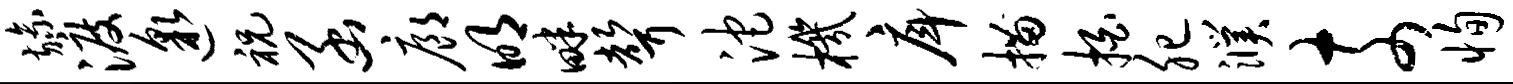
旒渡邈祝函廊明畔声沱机戽描拍肥濮奈恂